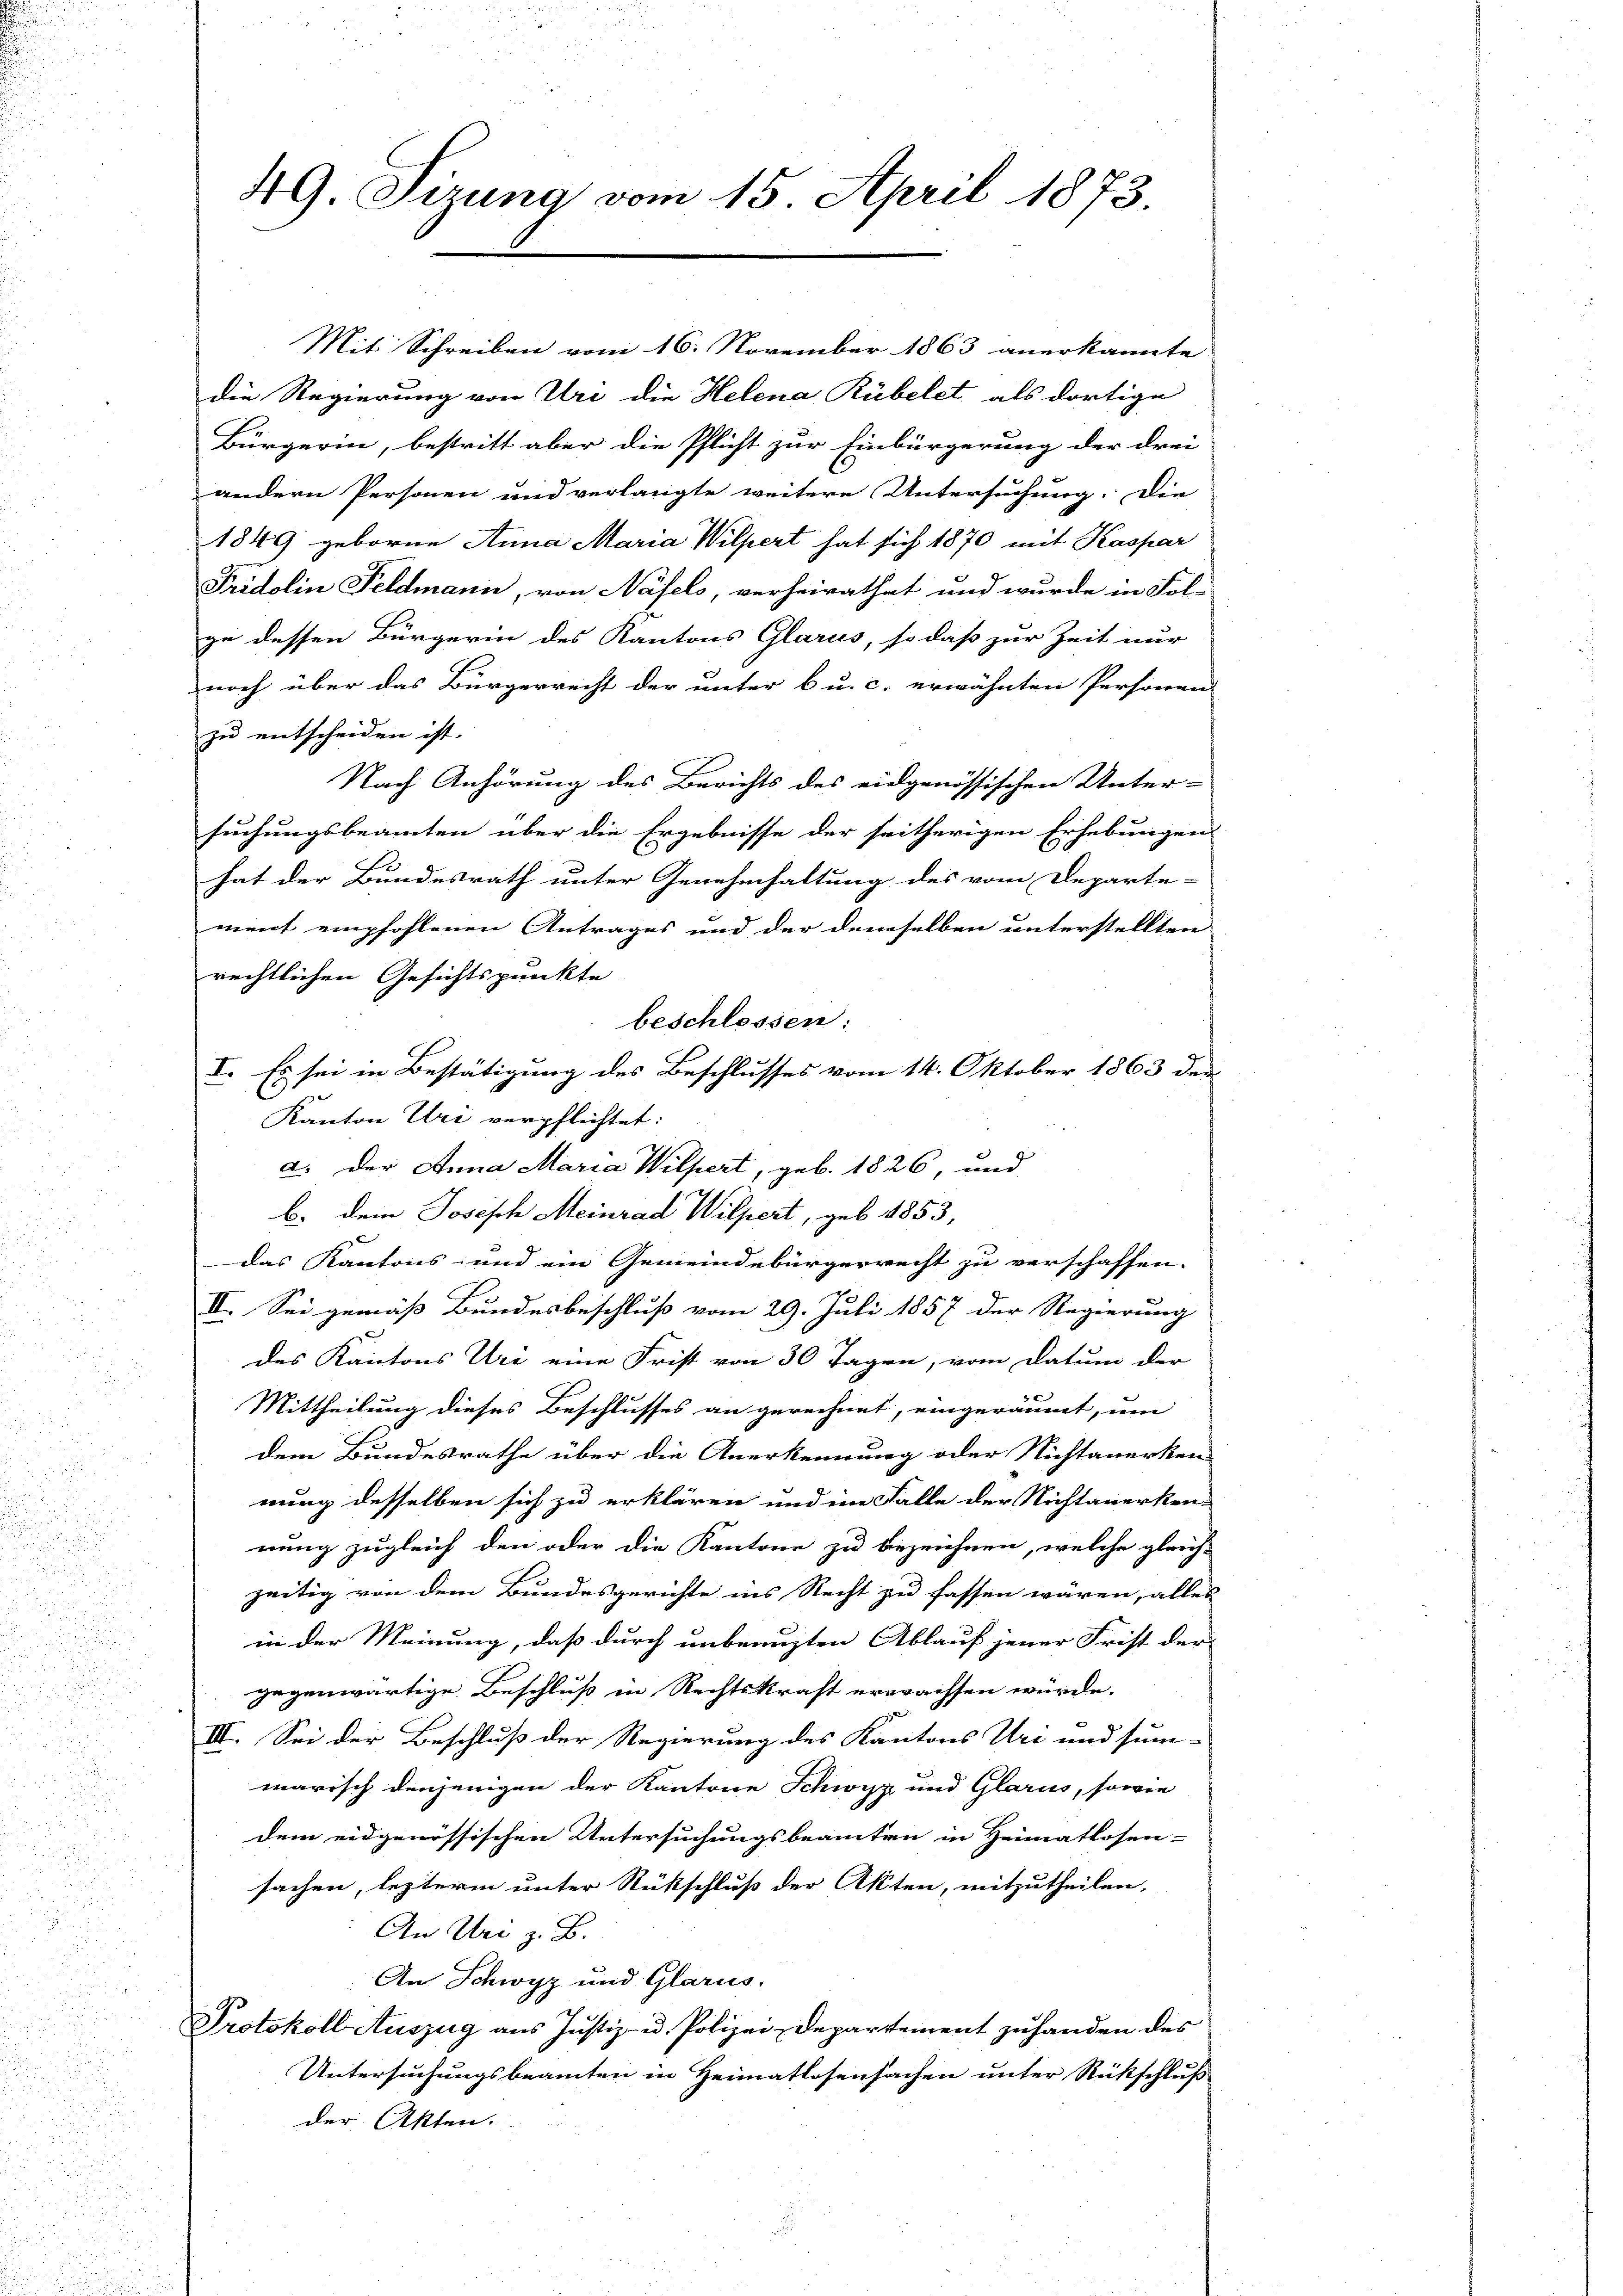
.
u

49. Sirung vom 15. April 1873

Mit Schreiben vom 16. November 1863 anerkannte
die Regierung von Uri die Helena Rübelet, als dortige
Bürgerin, bestritt aber die Pflicht zur Einbürgerung der drei
andern Personen und verlangte weitere Untersuchung. Die
1849 geborne Anna Maria Wilpert hat sich 1870 mit Kaspar
Fridolin Feldmann, von Näfels, verheirathet und wurde in Fol-
ge dessen Bürgerin des Kantons Glarus, so daß zur Zeit nur
noch über das Bürgerrecht der unter 6 u. c. erwähnten Personen
zu entscheiden ist.
Nach Anhörung des Berichts des eidgenössischen Unter-
suchungsbeamten über die Ergebnisse der seitherigen Erhebungen
hat der Bundesrath unter Genehmhaltung des vom Departe-
ment empfohlenen Antrages und der demselben unterstellten
rechtlichen Gesichtspunkte
beschlossen:
I. Es sei in Bestätigung des Beschlusses vom 14. Oktober 1863 der
Kanton Uri verpflichtet:
a. Der Anna Maria Wilpert, geb. 1826, und
b. Dein Joseph Meinrad Wilpert, geb. 1853,
das Kantons- und ein Gemeindebürgerrecht zu verschaffen.
II. Sei gemäß Bundesbeschluß vom 29. Juli 1857 der Regierung
des Kantons Uri eine Frist von 30 Tagen, vom Datum der
Mittheilung dieses Beschlusses an gerechnet, eingeräumt, um
dem Bundesrathe über die Anerkennung oder Nichtanerken
nung desselben sich zu erklären und im Falle der Nichtanerken-
nung zugleich den oder die Kantone zu bezeichnen, welche gleich-
zeitig von dem Bundesgerichte ins Recht zu fassen wären, alles
in der Meinung, daß durch unbenuzten Ablauf jener Frist der
gegenwärtige Beschluß in Rechtskraft erwachsen würde.
III. Sei der Beschluß der Regierung des Kantons Uri und sun-
marisch denjenigen der Kantone Schwyz und Glarus, sowie
dem eidgenössischen Untersuchungsbeamten in Heimatlosen-
sachen, lezterm unter Rückschluß der Akten, mitzutheilen,
An Uri z. B.
An Schwyz und Glarus.
Protokoll Auszug aus Justiz- u. Polizei-Departement zu handen des
Untersuchungsbeamten in Heimatlosensachen unter Rückschluß
der Akten.